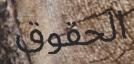
الحقوق